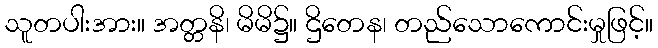
သူတပါးအား။ အတ္တနိ၊ မိမိ၌။ ဌိတေန၊ တည်သောကောင်းမှုဖြင့်။